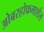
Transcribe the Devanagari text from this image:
ओबरहोफमार्शल